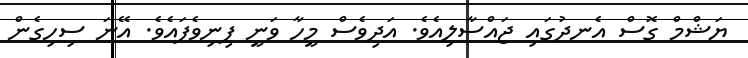
ޔަޝްމް ގޮސް އެނދުގައި ޖައްސާލިއެވެ. އަދިވެސް މީހާ ވަނީ ފިނިވެފައެވެ. އޭނަ ސިހިގެން